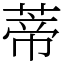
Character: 蒂